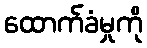
ထောက်ခံမှုကို